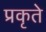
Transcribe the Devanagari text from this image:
प्रकृते